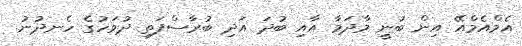
އެމްއެމްއޭ އިން ބުނީ މާދަމާ އާއި ބުދަ އަދި ބުރާސްފަތި ދުވަހުގެ ހެނދުނު